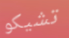
تشيكو